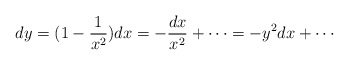
\begin{align*}dy=(1-\frac 1{x^2})dx=-\frac{dx}{x^2}+\cdots=-y^2 dx+\cdots\end{align*}